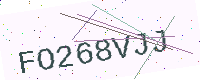
Text: FO268VJJ